Report of the King Institute of Preventive Medicine, Guindy
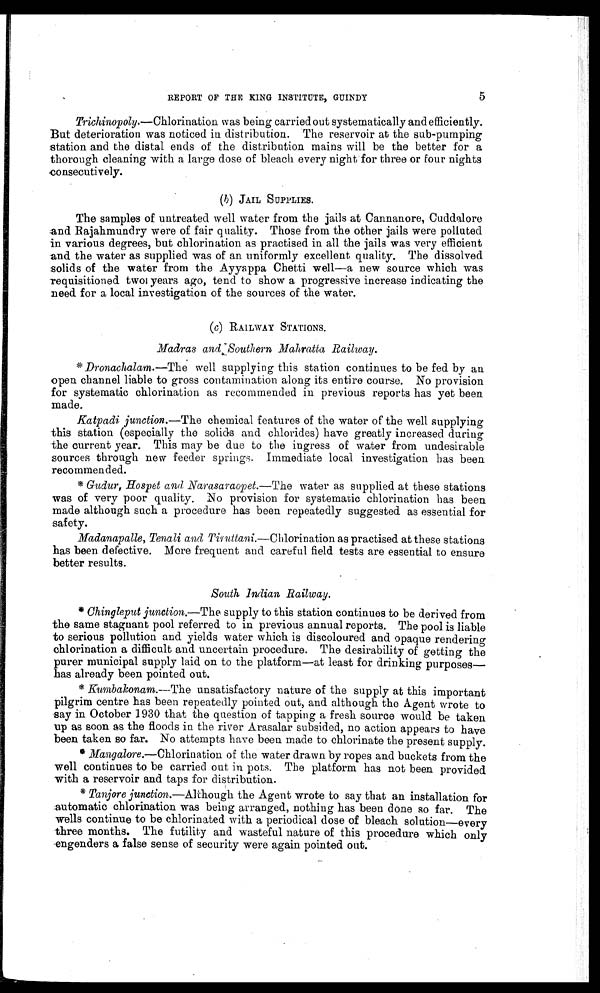
5
REPORT OF THE KING INSTITUTE, GUINDY
Trichinopoly .—Chlorination was being carried out systematically and efficiently.
But deterioration was noticed in distribution. The reservoir at the sub-pumping
station and the distal ends of the distribution mains will be the better for a
thorough cleaning with a large dose of bleach every night for three or four nights
consecutively.
(b ) JAIL SUPPLIES.
The samples of untreated well water from the jails at Cannanore, Cuddalore
and Rajahmundry were of fair quality. Those from the other jails were polluted
in various degrees, but chlorination as practised in all the jails was very efficient
and the water as supplied was of an uniformly excellent quality. The dissolved
solids of the water from the Ayyappa Chetti well—a new source which was
requisitioned two years ago, tend to show a progressive increase indicating the
need. for a local investigation of the sources of the water.
(c) RAILWAY STATIONS.
Madras and Southern Mahratta Railway.
*Dronachalam—The well supplying this station continues to be fed by an
open channel liable to gross contamination along its entire course. No provision
for systematic chlorination as recommended in previous reports has yet been
made.
Katpadi junction.— The chemical features of the water of the well supplying
this station (especially the solids and chlorides) have greatly increased during
the current year. This may be due to the ingress of water from undesirable
sources through new feeder spring. Immediate local investigation has been
recommended.
*Gudur, Hospet and Narasaraopet.— The water as supplied at these stations
was of very poor quality. No provision for systematic chlorination has been
made although such a procedure has been repeatedly suggested as essential for
safety.
Madanapalle, Tenali and Tiruttani .—Chlorination as practised at these stations
has been defective. More frequent and careful field tests are essential to ensure
better results.
South Indian Railway.
*Chingleput junction.— The supply to this station continues to be derived from
the same stagnant pool referred to in previous annual reports. The pool is liable
to serious pollution and yields water which is discoloured and opaque rendering
chlorination a difficult and uncertain procedure. The desirability of getting the
purer municipal supply laid on to the platform—at least for drinking purposes—
has already been pointed out.
* K u m b a k o n a m
. — T h e u n s a t i s f a c t o r y n a t u r e o f t h e s u p p l y a t t h i s i m p o r t a n t
pilgrim centre has been repeatedly pointed out, and although the Agent wrote to
say in October 1930 that the question of tapping a fresh source would be taken
up as soon as the floods in the river Arasalar subsided, no action appears to have
been taken so far. No attempts have been made to chlorinate the present supply.
* Mangalore .—Chlorination of the water drawn by ropes and buckets from the
well continues to be carried out in pots. The platform has not been provided
with a reservoir and taps for distribution.
*Tanjore junction.— Although the Agent wrote to say that an installation for
automatic chlorination was being arranged, nothing has been done so far. The
wells continue to be chlorinated with a periodical dose of bleach solution—every
three months. The futility and wasteful nature of this procedure which only
engenders a false sense of security were again pointed out.